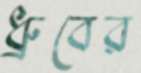
ধ্রুবের